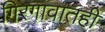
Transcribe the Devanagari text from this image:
गिरगावातही